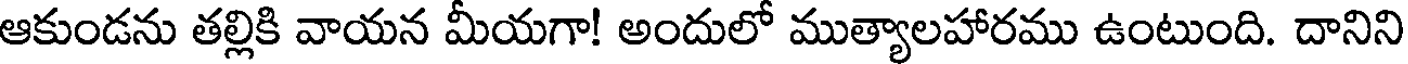
ఆకుండను తల్లికి వాయన మీయగా! అందులో ముత్యాలహారము ఉంటుంది. దానిని